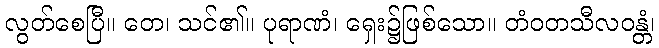
လွတ်စေပြီ။ တေ၊ သင်၏။ ပုရာဏံ၊ ရှေး၌ဖြစ်သော။ တံဝတသီလဝန္တံ၊